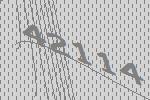
42114